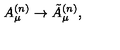
A _ { \mu } ^ { ( n ) } \rightarrow \tilde { A } _ { \mu } ^ { ( n ) } ,